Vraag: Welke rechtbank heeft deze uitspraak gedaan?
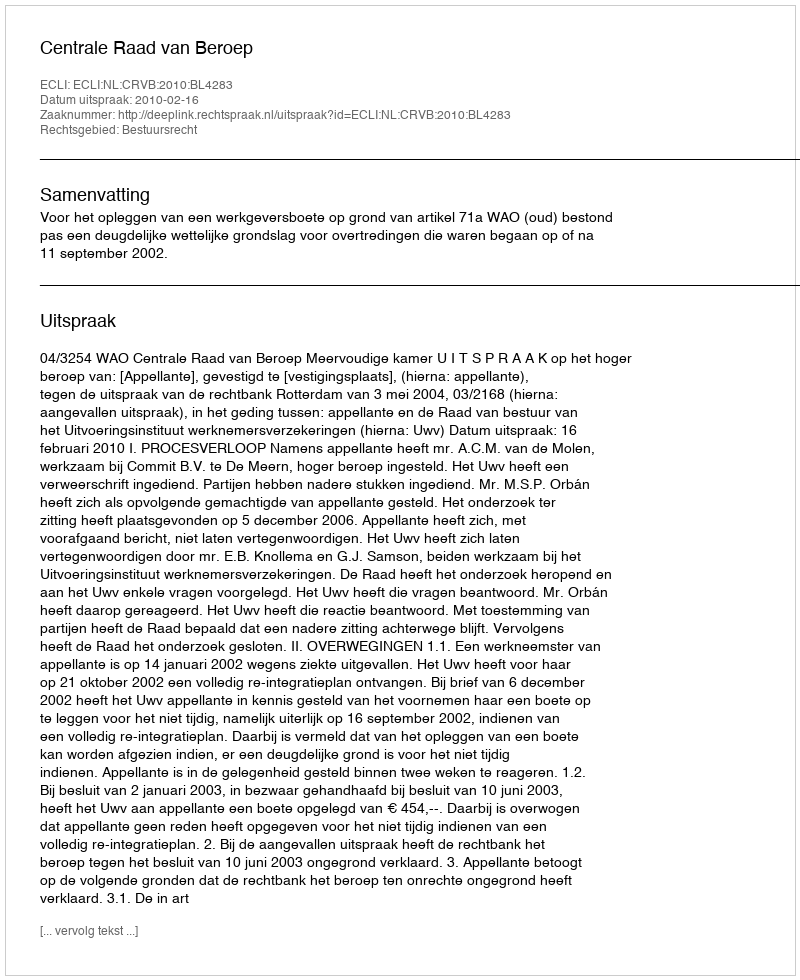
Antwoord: Centrale Raad van Beroep